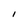
Character: I